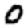
Digit: 0